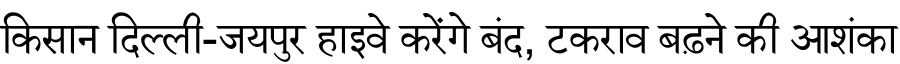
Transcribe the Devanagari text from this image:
किसान दिल्ली-जयपुर हाइवे करेंगे बंद, टकराव बढ़ने की आशंका